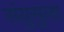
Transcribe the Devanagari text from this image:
संयुसुला